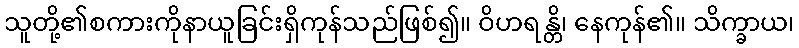
သူတို့၏စကားကိုနာယူခြင်းရှိကုန်သည်ဖြစ်၍။ ဝိဟရန္တိ၊ နေကုန်၏။ သိက္ခာယ၊